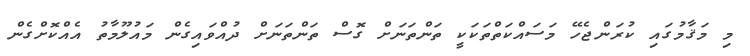
މި މަޤާމުގައި ކުރަންޖެހޭ މަސައްކަތްތަކަކީ ތަންތަނަށް ގޮސް ތަންތަނަށް ދުއްވައިގެން މައުލޫމާތު އެއްކޮށްގެން